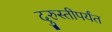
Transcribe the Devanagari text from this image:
दुरुस्तीपर्यंत